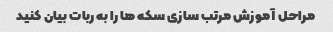
مراحل آموزش مرتب سازی سکه ها را به ربات بیان کنید